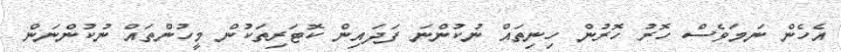
އެހެން ނަމަވެސް ހޮރު ހޮރުން ހިނިތައް ނުކުންނަ ފަދައިން ކޮޓަރިތަކުން މީހުންތައް ނުކުންނަން